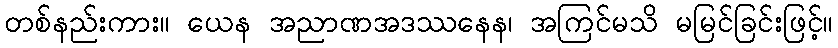
တစ်နည်းကား။ ယေန အညာဏအဒဿနေန၊ အကြင်မသိ မမြင်ခြင်းဖြင့်။